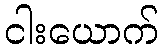
ငါးယောက်